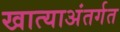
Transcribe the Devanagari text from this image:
खात्याअंतर्गत